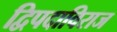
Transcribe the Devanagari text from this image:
द्विपदाविराज